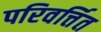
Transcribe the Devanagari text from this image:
परिवर्त्तित